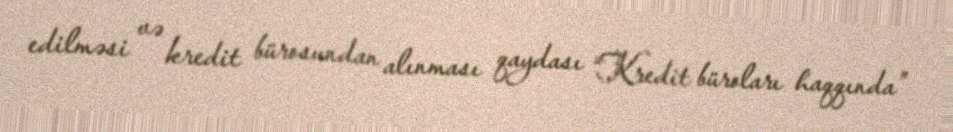
edilməsi və kredit bürosundan alınması qaydası “Kredit büroları haqqında”